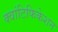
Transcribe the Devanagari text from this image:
क्वांटिफिकेशन